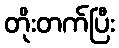
တိုးတက်ပြီး